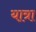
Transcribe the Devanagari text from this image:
या़त्रा